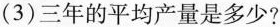
（3）三年的平均产量是多少？